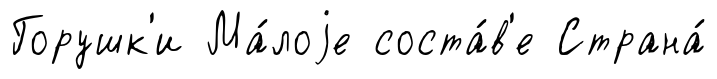
Горушк'и Ма́лоjе соста́в'е Страна́